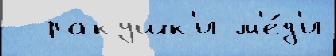
  ракушк'и м'е́д'и